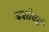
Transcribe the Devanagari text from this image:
यशोक्तं